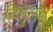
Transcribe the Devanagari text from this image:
हिंगुलव